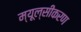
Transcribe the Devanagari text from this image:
म्यूल्सीकरण